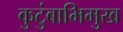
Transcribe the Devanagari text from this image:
कुटुंबाभिमुख